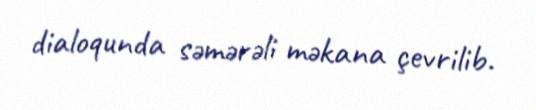
dialoqunda səmərəli məkana çevrilib.